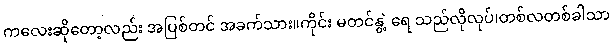
ကလေးဆိုတော့လည်း အပြစ်တင် အခက်သား။ကိုင်း မတင်နွဲ့ ရေ သည်လိုလုပ်၊တစ်လတစ်ခါသာ